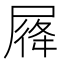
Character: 𡲛